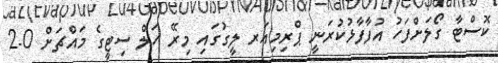
ކޮސްޓާ ގޯލަށްފަހު އުފާފާޅުކުރަނީ ޕްރިމިއަރ ލީގުގައި މިރޭ ހަލް ސިޓީގެ މައްޗަށް 0-2